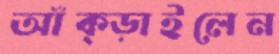
আঁক্‌ড়াইলেন